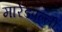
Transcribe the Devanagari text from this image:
मारेडपल्ली